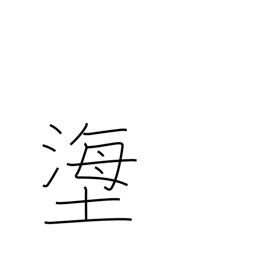
Meaning: title of a Noh play